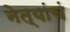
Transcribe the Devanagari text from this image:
नेत्यांचं